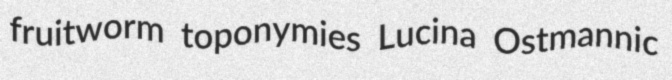
fruitworm toponymies Lucina Ostmannic